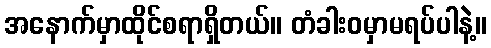
အနောက်မှာထိုင်စရာရှိတယ်။ တံခါးဝမှာမရပ်ပါနဲ့။